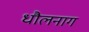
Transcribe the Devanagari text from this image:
धौलनाग